Rangoon Lunatic Asylum 1898-1906 - 1898-1906
Year: 1898
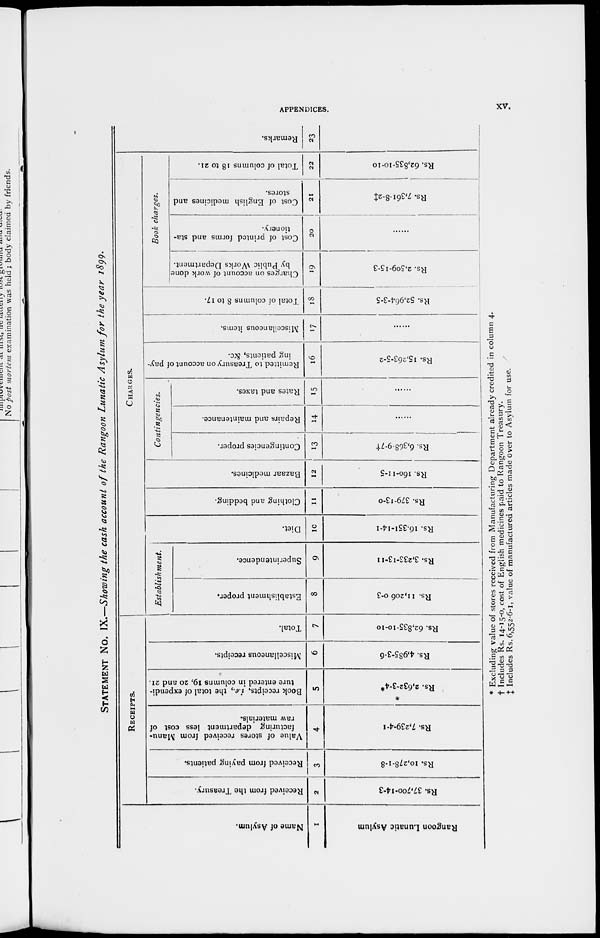
APPENDICES.
xv.
STATEMENT No. IX.—Showing the cash account of the Rangoon Lunatic Asylum for the year 1899.
Name of Asylum.
1
Rangoon Lunatic Asylum
RECEIPTS.
Received from the Treasury.
2
Rs. 37,700-14-3
Received from paying patients.
3
Rs. 10,278-1-8
Value of stores received from Manu-
facturing department less cost of
raw materials.
4
Rs. 7,239-4-1
Book receipts, i.e., the total of expendi-
ture entered in columns 19, 20 and 21.
5
Rs. 2,632-3-4*
Miscellaneous receipts.
6
Rs 4,985-3-6
Total.
7
Rs. 62,835-10-10
CHARGES.
Establishment.
Establishment proper.
8
Rs. 11,206-0-3
Superintendence.
9
Rs. 3,233-13-n
Diet.
10
Rs. 16,351-14-1
Clothing and bedding.
11
Rs- 379-13-0
Bazaar medicines.
12
Rs. 160-11-5
Contingencies.
Contingencies proper.
13
Rs. 6,368-9-7†
Repairs and maintenance.
14
......
Rates and taxes.
15
......
Remitted to Treasury on account of pay-
ing patients, &c.
16
Rs. 15,263-5-2
Miscellaneous items.
17
......
Total of columns 8 to 17.
18
Rs. 52,964-3-5
Charges on account of work done
by Public Works Department.
19
Rs. 2,509-15-3
Book charges.
Cost of printed forms and sta-
tionery.
Cost of English medicines and
stores.
20
......
21
Rs. 7,361-8-2‡
Total of columns 18 to 21.
22
Rs. 62,835-10-10
Remarks.
23
* Excluding value of stores received from Manufacturing Department already credited in column 4.
† Includes Rs. 14-15-0, cost of English medicines paid to Rangoon Treasury.
‡ Includes Rs. 6,552-6-1, value of manufactured articles made over to Asylum for use.